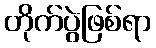
တိုက်ပွဲဖြစ်ရာ